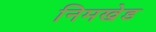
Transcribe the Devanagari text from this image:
निमखेड